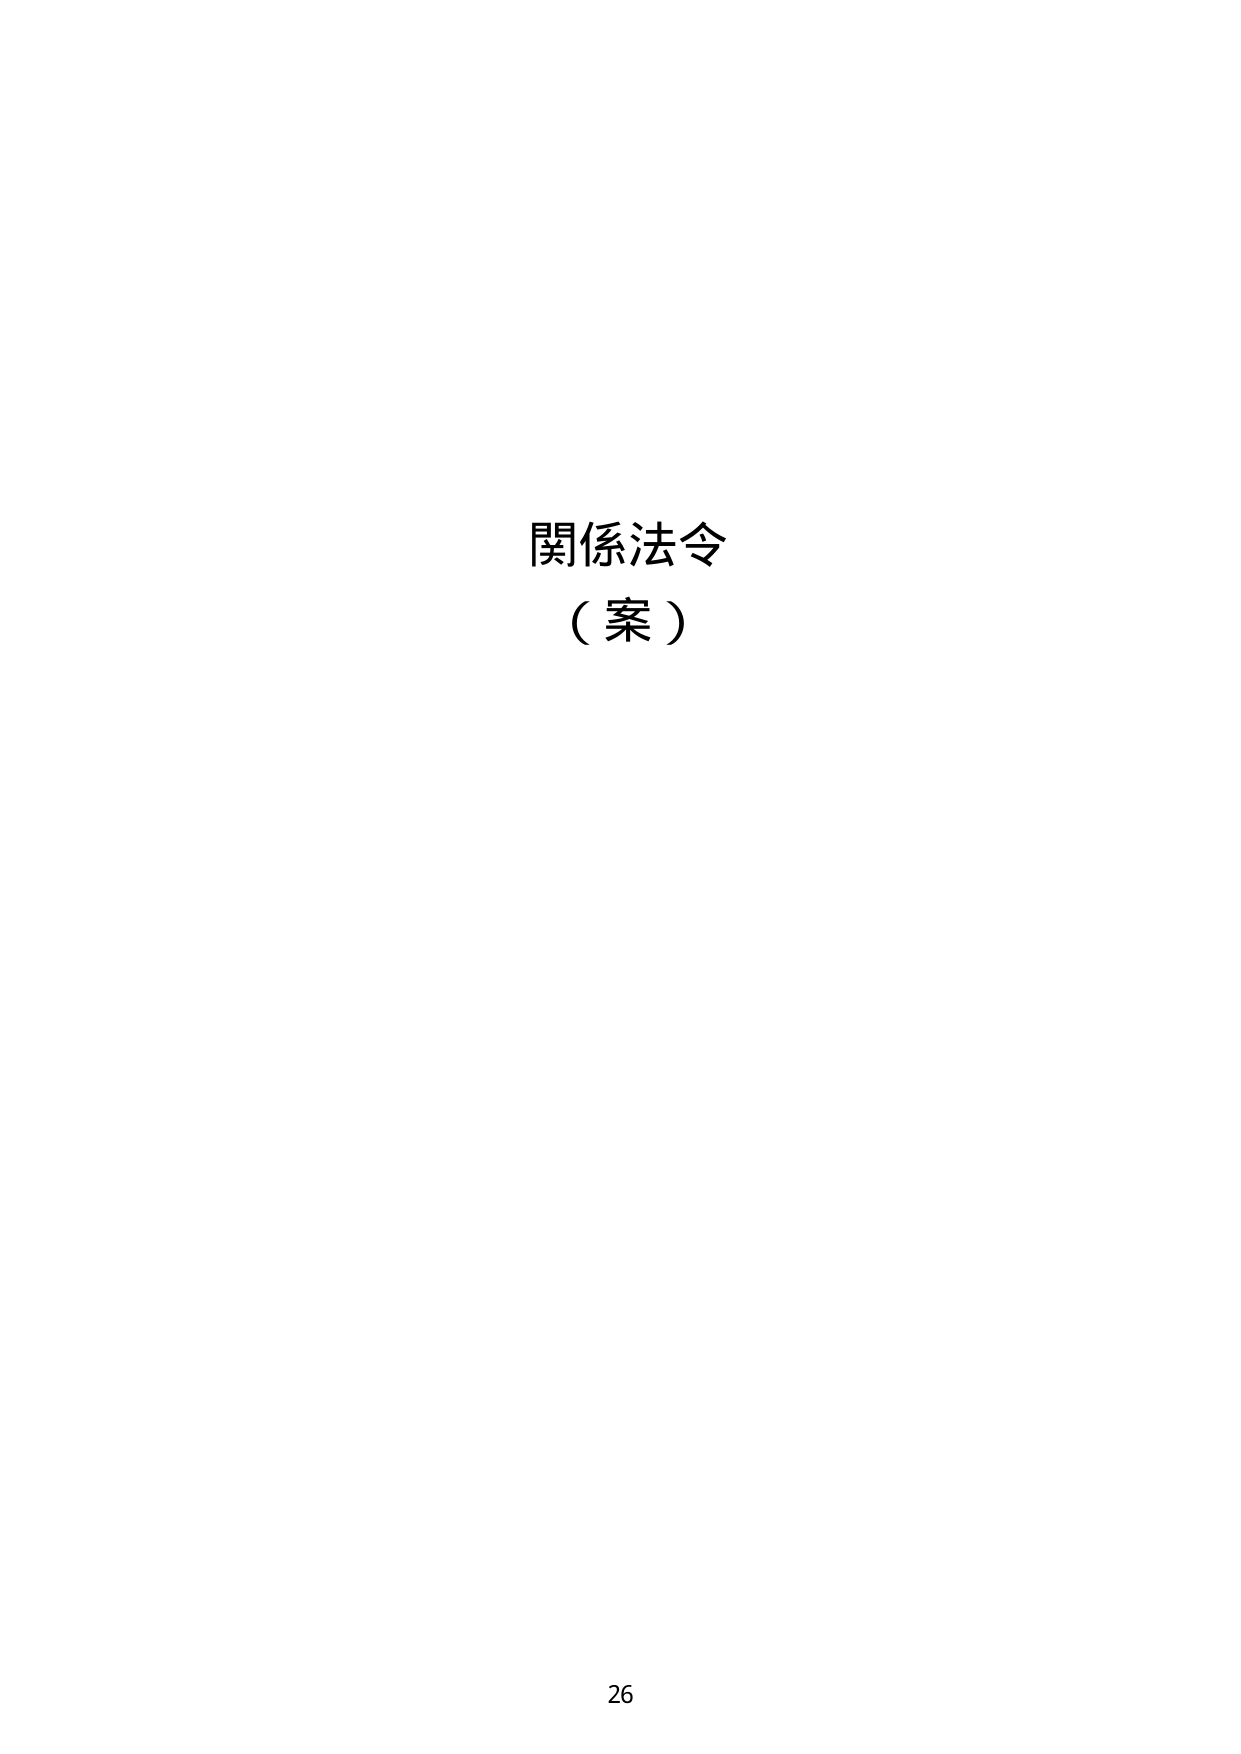
関係法令
（案）
26